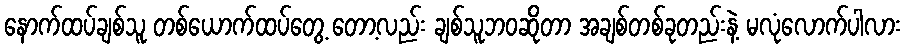
နောက်ထပ်ချစ်သူ တစ်ယောက်ထပ်တွေ့ တော့လည်း ချစ်သူဘဝဆိုတာ အချစ်တစ်ခုတည်းနဲ့ မလုံလောက်ပါလား